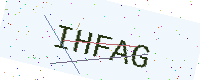
Text: IHFAG